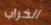
الخراب